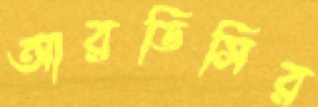
আরডিসির